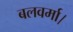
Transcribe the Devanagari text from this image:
बलवर्मा।